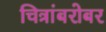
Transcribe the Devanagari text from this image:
चित्रांबरोबर